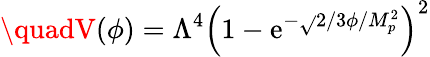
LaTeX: \quadV(\phi)=\Lambda^{4}\left(1-\mathrm{e}^{-{\sqrt{}{{2/3}}}\phi/M_{p}^{2}}\right)^{2}